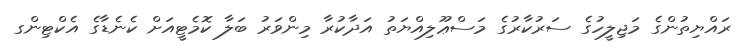
ރައްޔިތުންގެ މަޖިލީހުގެ ސަރުކާރުގެ މަސްޢޫލިއްޔަތު އަދާކުރާ މިންވަރު ބަލާ ކޮމެޓީއަށް ކެނެޑާގެ އެކްޓިންގ